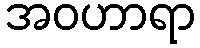
အဝဟာရာ